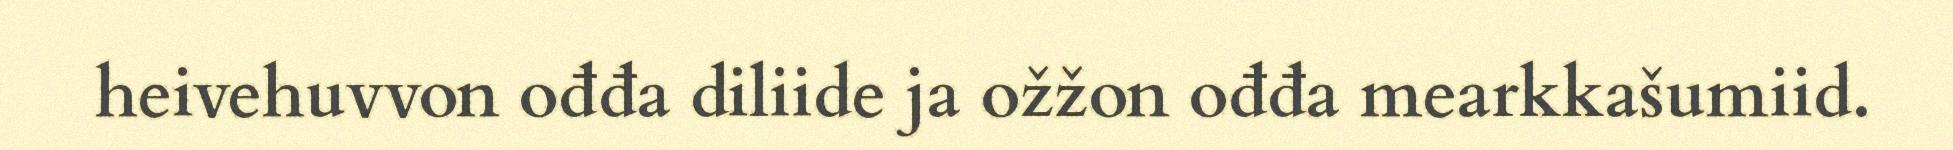
heivehuvvon ođđa diliide ja ožžon ođđa mearkkašumiid.